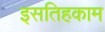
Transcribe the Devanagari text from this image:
इसतिहकाम